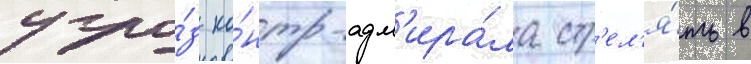
угро́з ко́нтр-адм'ира́ла стр'ел'я́ть в